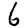
Digit: 6